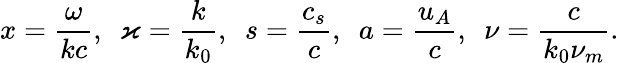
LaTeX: x=\frac{\omega}{kc},\, \, \, \varkappa=\frac{k}{k_{0}},\, \, \, s=\frac{c_{s}}{c},\, \, \, a=\frac{u_{A}}{c},\, \, \, \nu=\frac{c}{k_{0}\nu_{m}}.